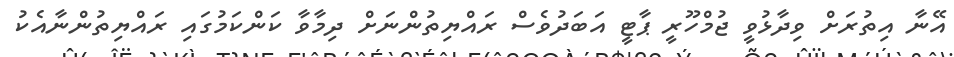
އޭނާ އިތުރަށް ވިދާޅުވީ ޖުމްހޫރީ ޕާޓީ އަބަދުވެސް ރައްޔިތުންނަށް ދިމާވާ ކަންކަމުގައި ރައްޔިތުންނާއެކު